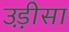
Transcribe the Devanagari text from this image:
उड़़ीसा